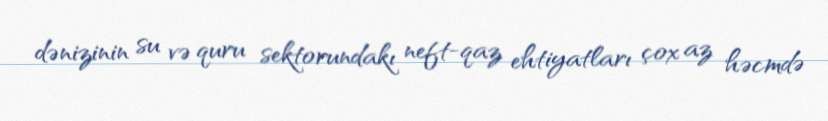
dənizinin su və quru sektorundakı neft-qaz ehtiyatları çox az həcmdə